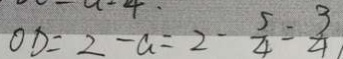
O D = 2 - a = 2 - \frac { 5 } { 4 } = \frac { 3 } { 4 }